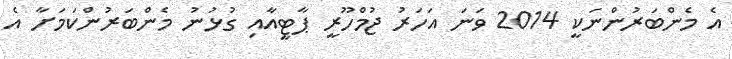
އެ މެންބަރުންނަކީ 2014 ވަނަ އަހަރު ޖުމްހޫރީ ޕާޓީއާއި ގުޅުނު މެންބަރުންކަމަށާ އެ